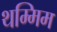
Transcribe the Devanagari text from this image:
थम्मिम